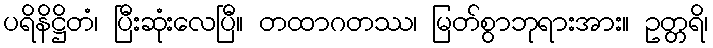
ပရိနိဋ္ဌိတံ၊ ပြီးဆုံးလေပြီ။ တထာဂတဿ၊ မြတ်စွာဘုရားအား။ ဥတ္တရိ၊